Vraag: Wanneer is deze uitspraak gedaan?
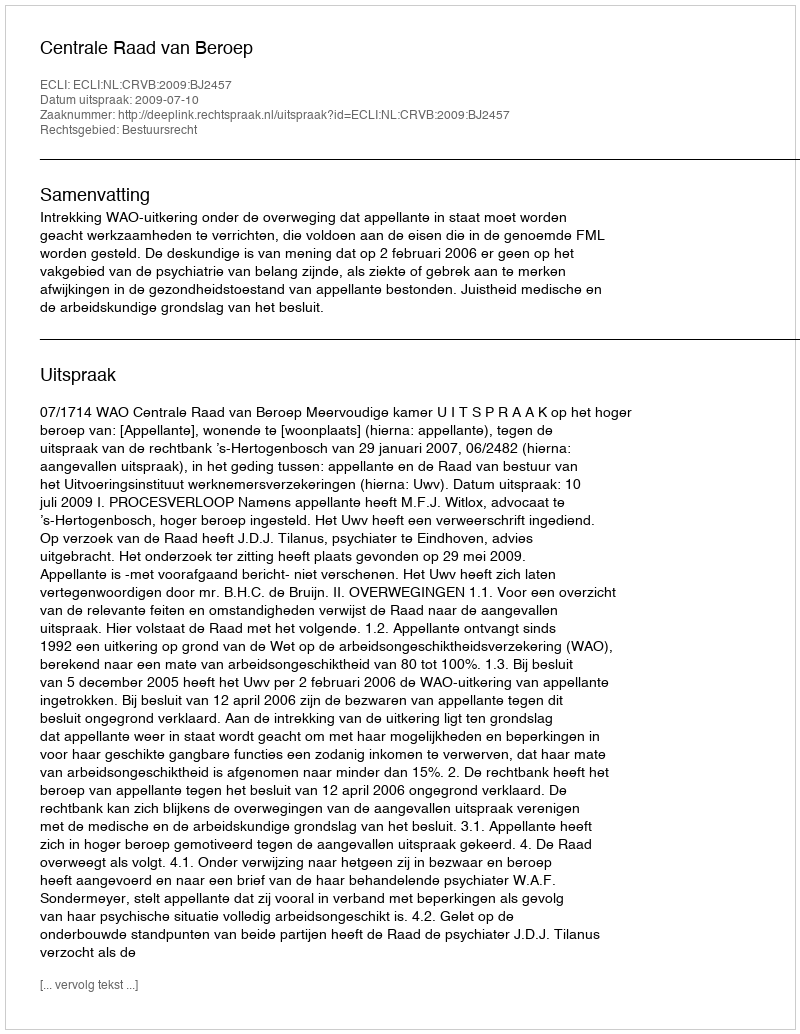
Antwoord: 2009-07-10